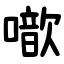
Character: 噷